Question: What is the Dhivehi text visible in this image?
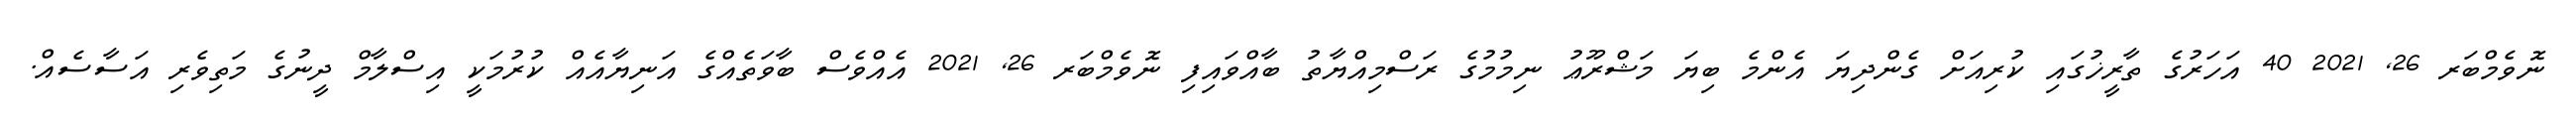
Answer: ނޮވެމްބަރ 26, 2021 40 އަހަރުގެ ތާރީޚުގައި ކުރިއަށް ގެންދިޔަ އެންމެ ބިޔަ މަޝްރޫޢު ނިމުމުގެ ރަސްމިއްޔާތު ބާއްވައިފި ނޮވެމްބަރ 26, 2021 އެއްވެސް ބާވަތެއްގެ އަނިޔާއެއް ކުރުމަކީ އިސްލާމް ދީނުގެ މަތިވެރި އަސާސެއް.